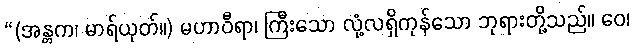
“(အန္တက၊ မာရ်ယုတ်။) မဟာဝီရာ၊ ကြီးသော လုံ့လရှိကုန်သော ဘုရားတို့သည်။ ဝေ၊